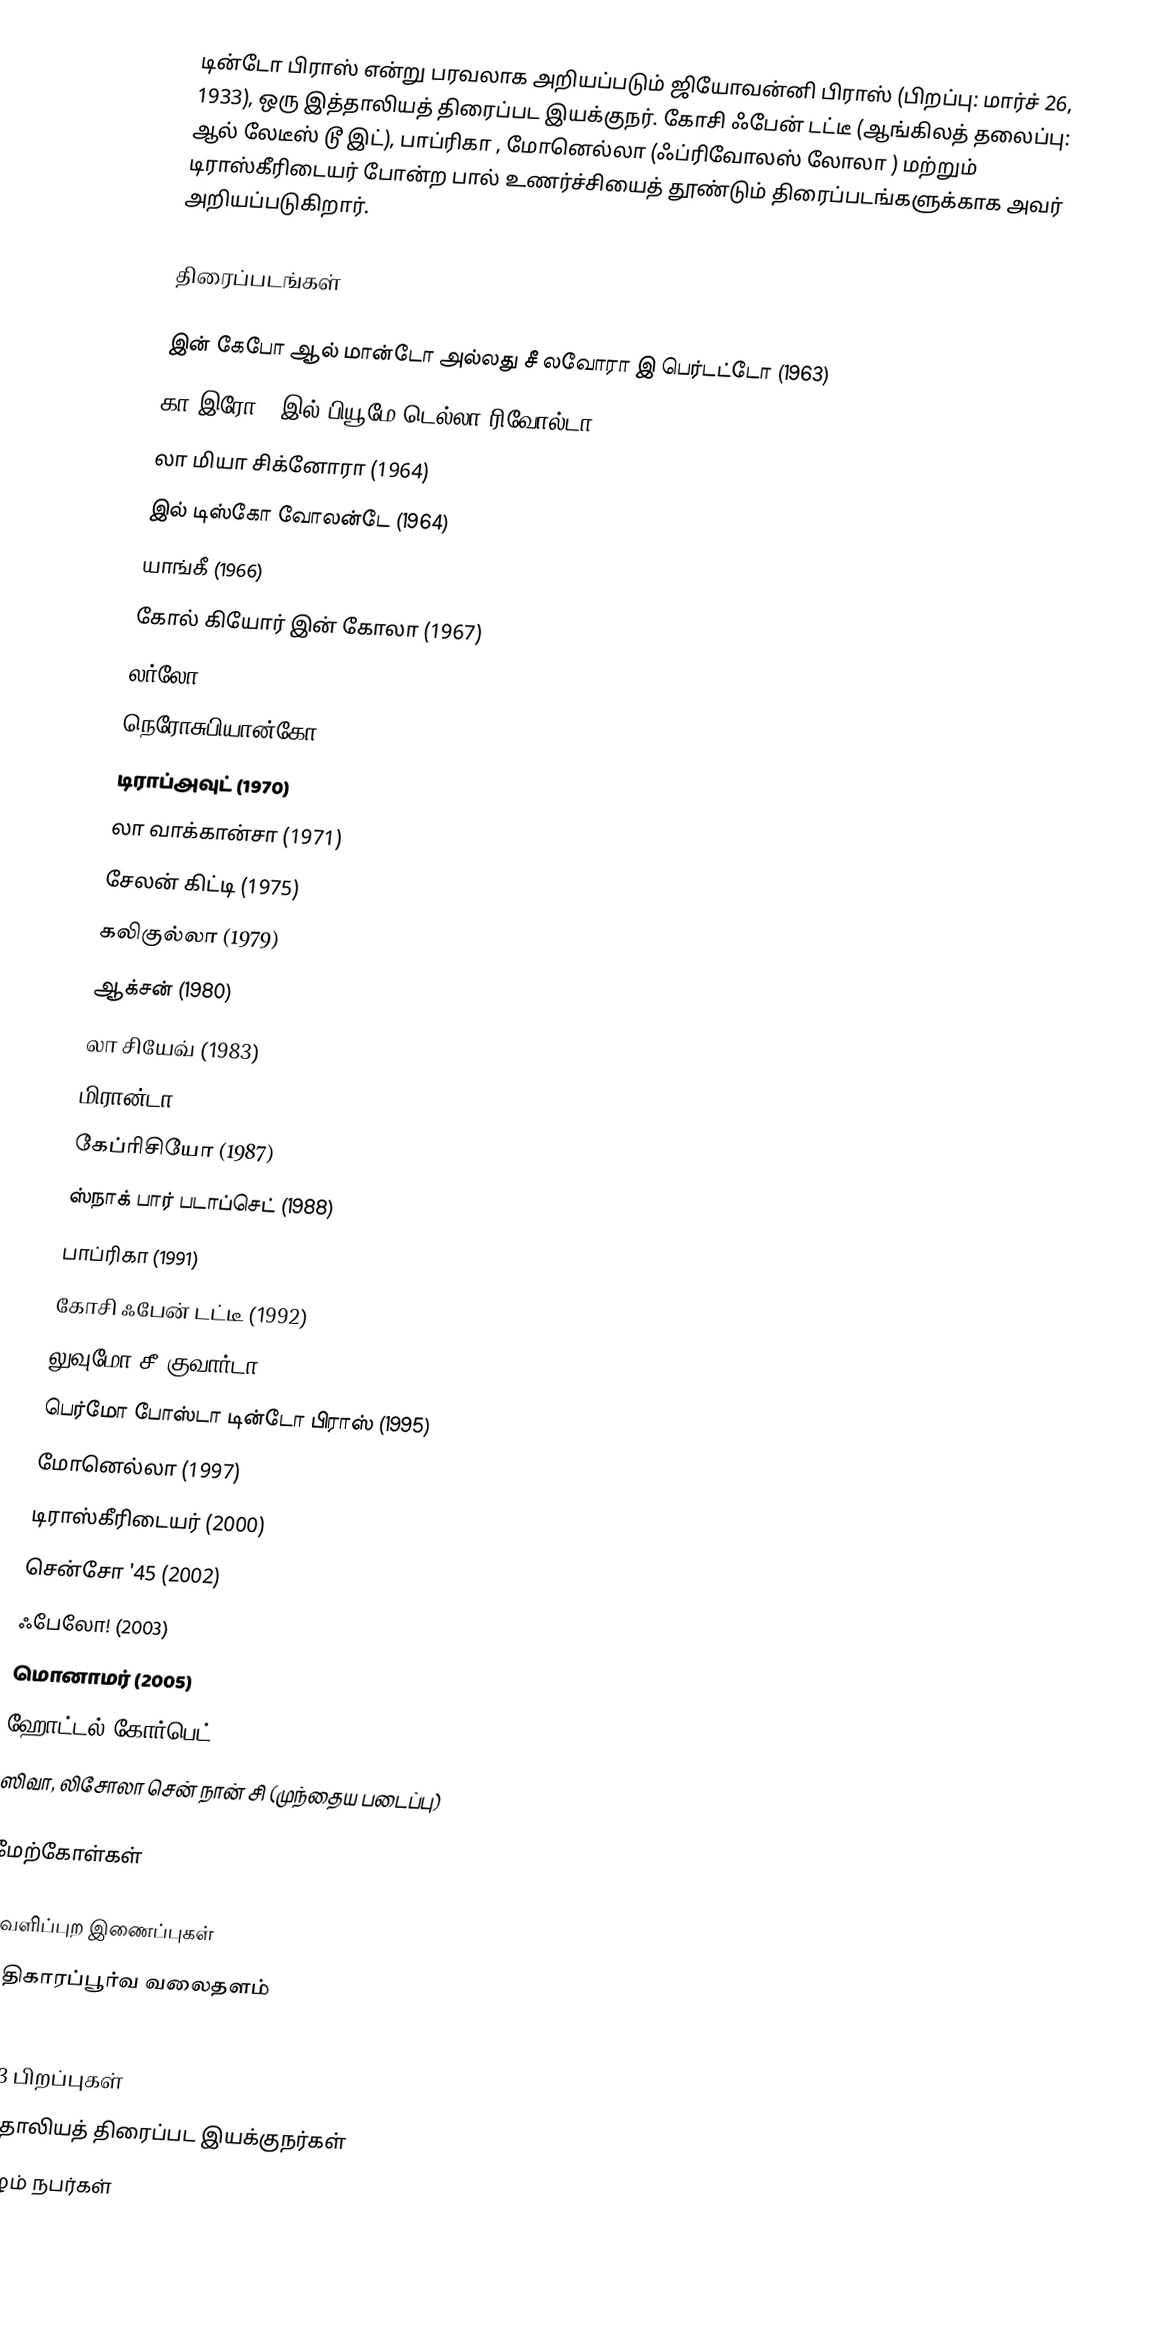
டின்டோ பிராஸ் என்று பரவலாக அறியப்படும் ஜியோவன்னி பிராஸ் (பிறப்பு: மார்ச் 26, 1933), ஒரு இத்தாலியத் திரைப்பட இயக்குநர். கோசி ஃபேன் டட்டீ (ஆங்கிலத் தலைப்பு: ஆல் லேடீஸ் டூ இட்), பாப்ரிகா , மோனெல்லா (ஃப்ரிவோலஸ் லோலா ) மற்றும் டிராஸ்கீரிடையர் போன்ற பால் உணர்ச்சியைத் தூண்டும் திரைப்படங்களுக்காக அவர் அறியப்படுகிறார்.

திரைப்படங்கள்

 இன் கேபோ ஆல் மான்டோ அல்லது சீ லவோரா இ பெர்டட்டோ (1963)
 கா இரோ - இல் பியூமே டெல்லா ரிவோல்டா (1964)
 லா மியா சிக்னோரா (1964)
 இல் டிஸ்கோ வோலன்டே (1964)
 யாங்கீ (1966)
 கோல் கியோர் இன் கோலா (1967)
 லர்லோ (1968)
 நெரோசுபியான்கோ (1969)
 டிராப்அவுட் (1970)
 லா வாக்கான்சா (1971)
 சேலன் கிட்டி (1975)
 கலிகுல்லா (1979)
 ஆக்சன் (1980)
 லா சியேவ் (1983)
 மிரான்டா (1985)
 கேப்ரிசியோ (1987)
 ஸ்நாக் பார் படாப்செட் (1988)
 பாப்ரிகா (1991)
 கோசி ஃபேன் டட்டீ (1992)
 லுவுமோ சீ குவார்டா (1994)
 பெர்மோ போஸ்டா டின்டோ பிராஸ் (1995)
 மோனெல்லா (1997)
 டிராஸ்கீரிடையர் (2000)
 சென்சோ '45 (2002)
 ஃபேலோ! (2003)
 மொனாமர் (2005)
 ஹோட்டல் கோர்பெட் (2009)
 ஸிவா, லிசோலா சென் நான் சி (முந்தைய படைப்பு)

மேற்கோள்கள்

வெளிப்புற இணைப்புகள்
 அதிகாரப்பூர்வ வலைதளம்

1933 பிறப்புகள்
இத்தாலியத் திரைப்பட இயக்குநர்கள்
வாழும் நபர்கள்